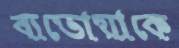
ব্যভোয়াকে